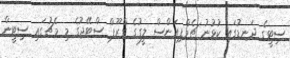
ސިޓީގެ ދަނޑުގައި ކުޅުނު ޗެމްޕިއަންސް ލީގުގެ ގްރޫޕް ސްޓޭޖުގެ މި މެޗުގައި ސިޓީން